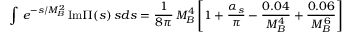
\int \, e ^ { - s / M _ { B } ^ { 2 } } \, \mathrm { I m } \Pi ( s ) \, s d s = \frac { 1 } { 8 \pi } \, M _ { B } ^ { 4 } \left[ 1 + \frac { \alpha _ { s } } { \pi } - \frac { 0 . 0 4 } { M _ { B } ^ { 4 } } + \frac { 0 . 0 6 } { M _ { B } ^ { 6 } } \right]